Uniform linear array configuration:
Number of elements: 64
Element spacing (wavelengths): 0.25
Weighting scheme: blackman
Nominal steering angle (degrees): -30
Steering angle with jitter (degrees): -30.762
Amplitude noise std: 0.05
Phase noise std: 0.05

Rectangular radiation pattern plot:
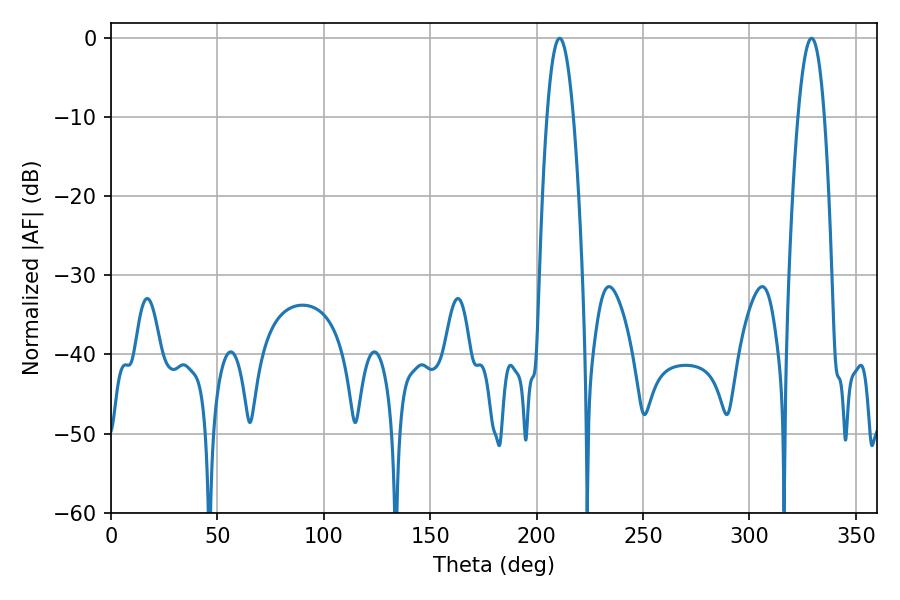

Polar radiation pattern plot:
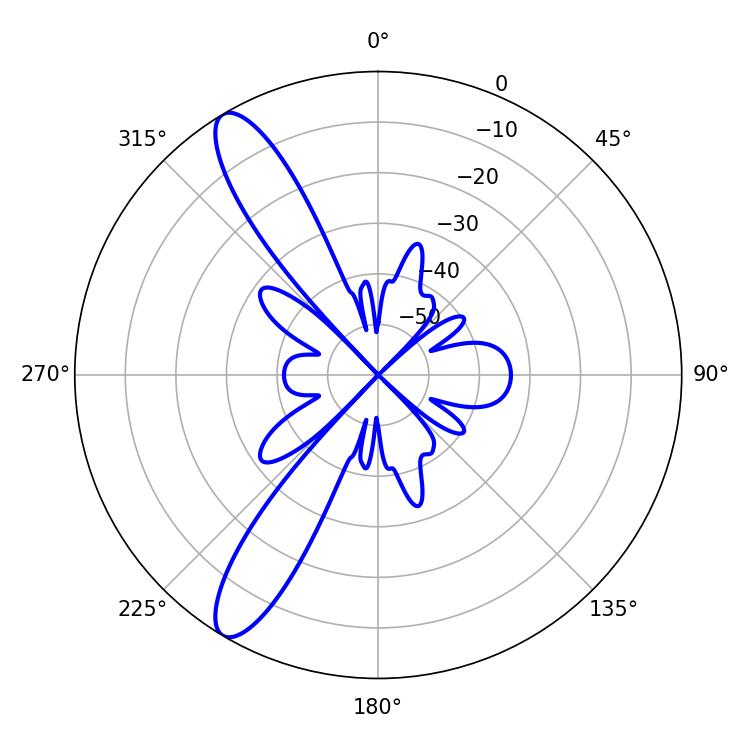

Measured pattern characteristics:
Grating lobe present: FALSE
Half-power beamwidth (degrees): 6.66
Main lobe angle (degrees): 210.78